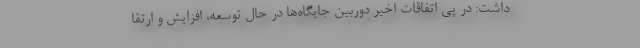
داشت: در پی اتفاقات اخیر دوربین جایگاه‌ها در حال توسعه، افزایش و ارتقا